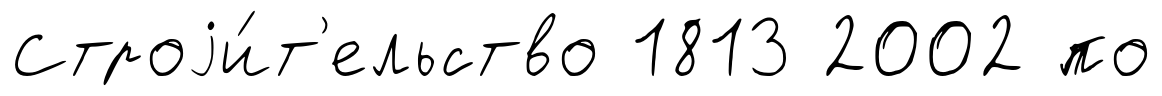
Строjи́т'ельство 1813 2002 по